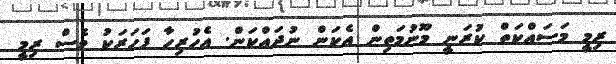
ރިމީ މަސައްކަތް ކުރަނީ މޫނުމަތިން އެކަން ނުދައްކަން. އެހުރިހާ ފަހަރަކު ވެސް ރިމީ